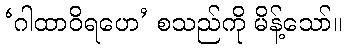
‘ဂါထာဝိရဟေ’ စသည်ကို မိန့်သော်။